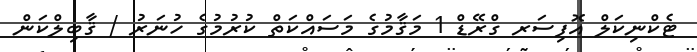
ޓެކްނިކަލް އޮފިސަރ ގްރޭޑް 1 މަޤާމުގެ މަސައްކަތް ކުރުމުގެ ހުނަރު / ޤާބިލްކަން